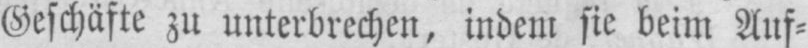
Geschäfte zu unterbrechen, indem sie beim Auf⸗